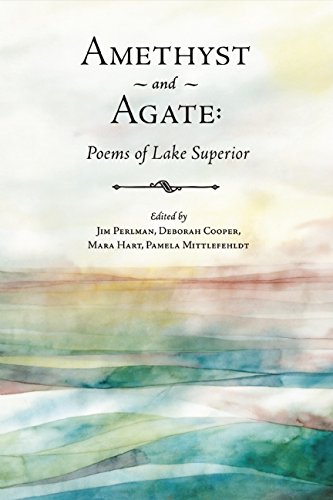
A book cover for Amethyst and Agate: Poems of Lake Superior; Science & Math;